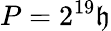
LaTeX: P=2^{19}\mathfrak{h}